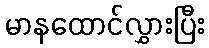
မာနထောင်လွှားပြီး